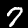
Digit: 7